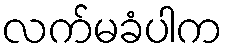
လက်မခံပါက